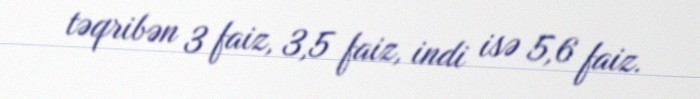
təqribən 3 faiz, 3,5 faiz, indi isə 5,6 faiz.